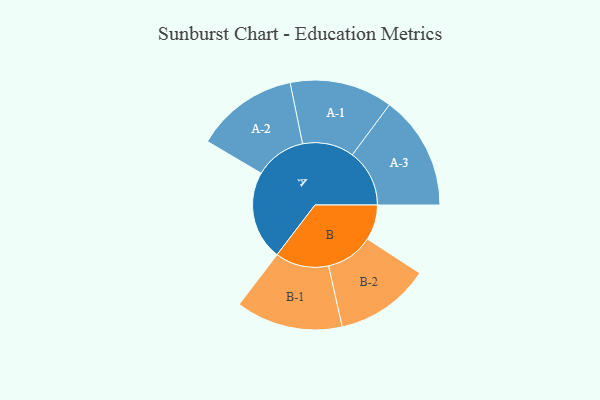
{"axis": {"x": "Segment", "y": "Value"}, "legend": ["", "A", "B"], "data": [{"x": "A", "y": 441, "type": ""}, {"x": "B", "y": 175, "type": ""}, {"x": "A-1", "y": 255, "type": "A"}, {"x": "A-2", "y": 254, "type": "A"}, {"x": "A-3", "y": 283, "type": "A"}, {"x": "B-1", "y": 265, "type": "B"}, {"x": "B-2", "y": 235, "type": "B"}]}